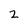
Character: 2